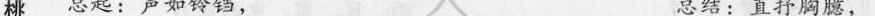
桃 总起：声如铃铛， 总结：直抒胸臆，